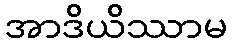
အာဒိယိဿာမ